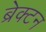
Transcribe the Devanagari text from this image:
ब्रेक्टन